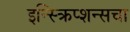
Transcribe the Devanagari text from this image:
इन्स्क्रिप्शन्सचा